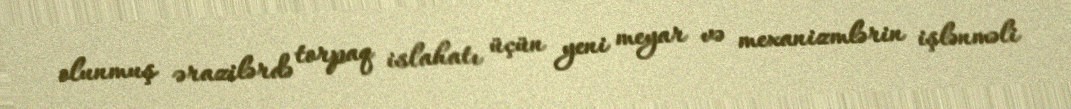
olunmuş ərazilərdə torpaq islahatı üçün yeni meyar və mexanizmlərin işlənməli